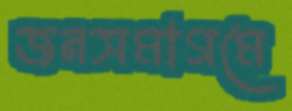
জনসমাগমে